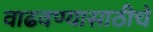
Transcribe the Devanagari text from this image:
वाढवण्यासाठीचे